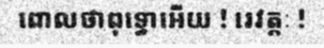
ពោលថាពុទ្ធោអើយ ! រេវត្តៈ !